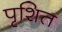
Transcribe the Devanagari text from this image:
पृशित